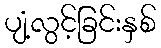
ပျံ့လွင့်ခြင်းနှစ်